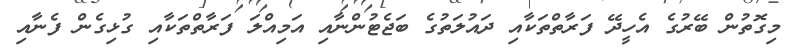
މިގޮތުން ބޭރުގެ އެހީދޭ ފަރާތްތަކާއި ދައުލަތުގެ ބަޖެޓުންނާއި އަމިއްލަ ފަރާތްތަކާއި ގުޅިގެން ފެނާއި